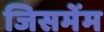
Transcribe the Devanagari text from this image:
जिसमेंम